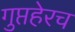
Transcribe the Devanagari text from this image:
गुप्तहेरच